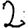
Digit: 2